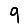
Digit: 9